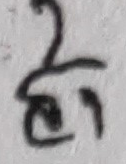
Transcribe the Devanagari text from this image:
ही